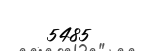
5485